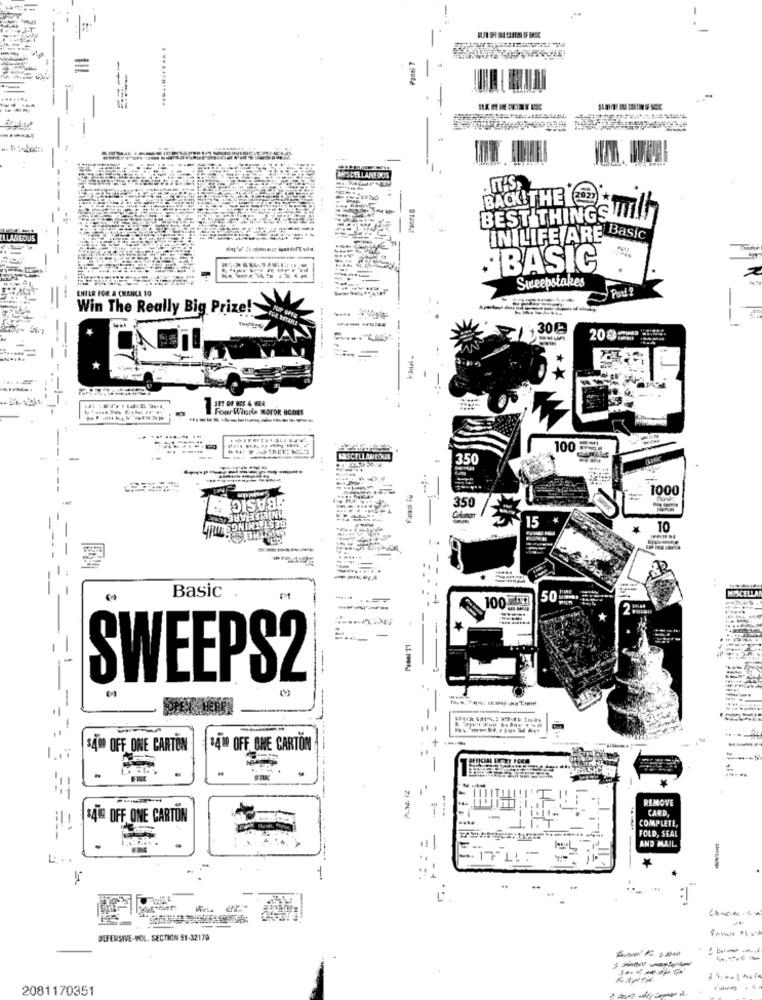
-
. ............
----
CELLANEDOS
=
IT'S>
BEST THINGS !!
BACK!THEY
----
LAMEOUS
INILIFE ARE Basic
`BASIC
Sweepstakes
--
ENTER FOR A CHANCE 10
Win The Really Big Prize!
FOR HITARI
YUP OFFE
-
3 30
208:
SET OF MIS & GER
Four Winds MOTOR HOMES
100
MISCELLANEOUS
350
1000
BASIC
INICIEELARE ANE
350
HIL SONINY ISTE
15
10
22
----
=
Basic
100 35
50
-
-
SWEEPS2
SAMO OFF ONE CARTON
$410 OFF ONE CARTON
REMOVE
CARD,
$4OR OFF ONE CARTON
COMPLETE,
FOLD, SEAL
AND MAIL.
:1
DEFENSIVE-VOL. SECTION 91-32179
2081170351